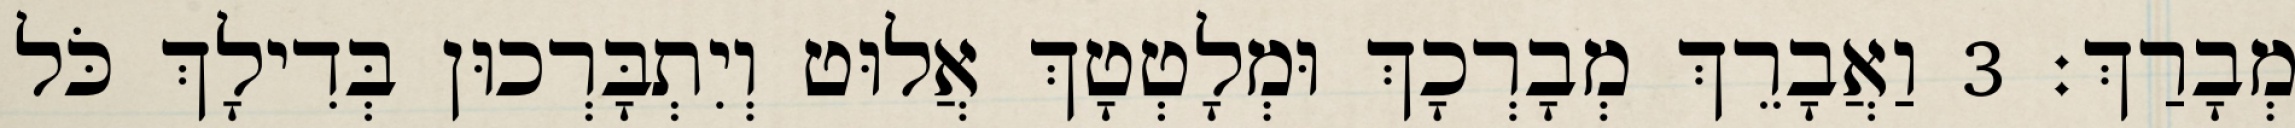
מְבָרַךְ׃ 3 וַאֲבָרֵךְ מְבָרְכָךְ וּמְלָטְטָךְ אֲלוּט וְיִתְבָּרְכוּן בְּדִילָךְ כֹּל